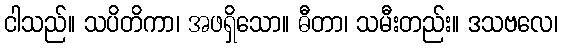
ငါသည်။ သပိတိကာ၊ အဖရှိသော။ ဓီတာ၊ သမီးတည်း။ ဒသဗလေ၊